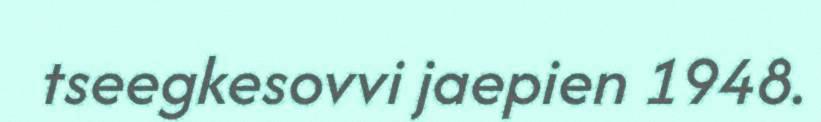
tseegkesovvi jaepien 1948.